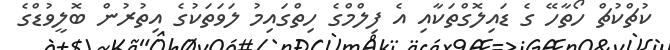
ކުޗްކުޗް ހޯތާހޭ ގެ ޑައިލޮގްތަކާއި އެ ފިލްމްގެ ހިތްގައިމު ލަވަތަކުގެ އިތުރުން ބޮލީވުޑްގެ